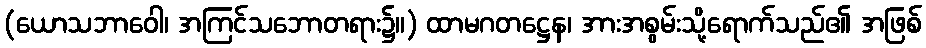
(ယောသဘာဝေါ၊ အကြင်သဘောတရား၌။) ထာမဂတဋ္ဌေန၊ အားအစွမ်းသို့ရောက်သည်၏ အဖြစ်